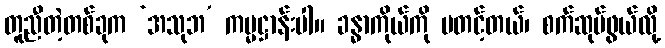
တူညီတဲ့တစ်ခုက ‘အသုဘ’ ကမ္မဋ္ဌာန်းပါ။ ခန္ဓာကိုယ်ကို မတင့်တယ်၊ စက်ဆုပ်ဖွယ်လို့